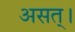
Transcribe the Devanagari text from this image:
असत्।